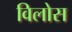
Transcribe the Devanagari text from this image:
विलोस